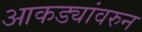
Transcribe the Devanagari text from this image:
आकड्यांवरुन